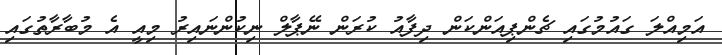
އަމިއްލަ ގައުމުގައި ޗެންޕިއަންކަން ދިފާއު ކުރަން ނޭޕާލް ނިކުންނައިރު މިއީ އެ މުބާރާތުގައި